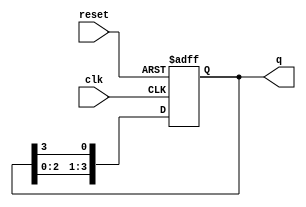
module ring_counter (
    input wire clk,        // Clock input
    input wire reset,      // Asynchronous reset input
    output reg [N-1:0] q   // Output state of the counter
);
    parameter N = 4;       // Number of bits in the counter (can be changed as needed)

    always @(posedge clk or posedge reset) begin
        if (reset) begin
            // Initialize the counter to 1000 for a 4-bit counter
            q <= 1'b1 << (N-1); // Set the highest bit to 1 and others to 0
        end else begin
            // Shift the bits in the ring counter
            q <= {q[N-2:0], q[N-1]}; // Shift left and wrap around
        end
    end
endmodule